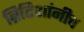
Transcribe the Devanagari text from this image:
ब्रिटिशांनीच